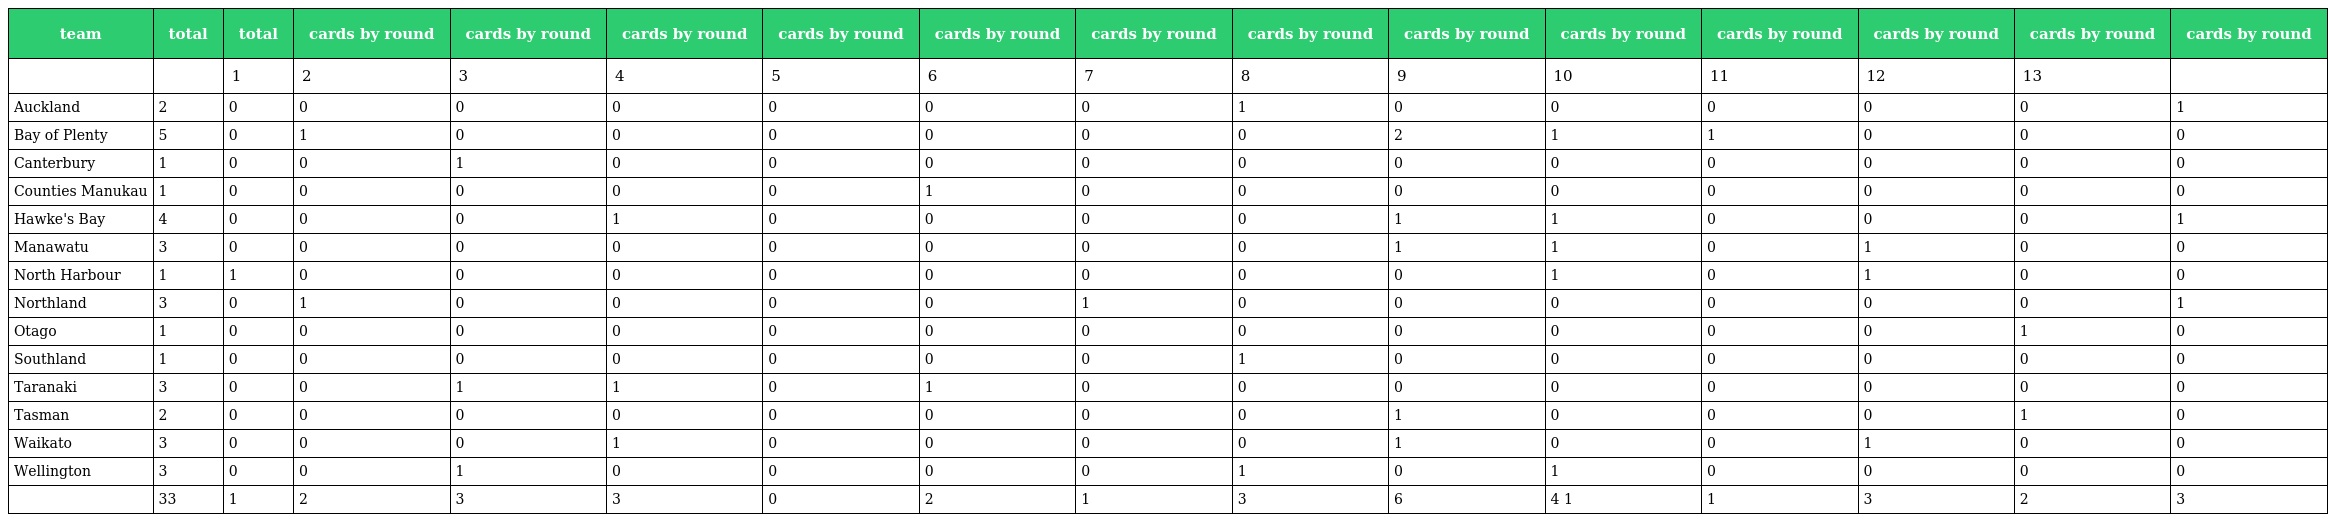
| team | total | total | cards by round | cards by round | cards by round | cards by round | cards by round | cards by round | cards by round | cards by round | cards by round | cards by round | cards by round | cards by round | cards by round |
 | --- | --- | --- | --- | --- | --- | --- | --- | --- | --- | --- | --- | --- | --- | --- | --- |
 |  |  | 1 | 2 | 3 | 4 | 5 | 6 | 7 | 8 | 9 | 10 | 11 | 12 | 13 |  |
 | Auckland | 2 | 0 | 0 | 0 | 0 | 0 | 0 | 0 | 1 | 0 | 0 | 0 | 0 | 0 | 1 |
 | Bay of Plenty | 5 | 0 | 1 | 0 | 0 | 0 | 0 | 0 | 0 | 2 | 1 | 1 | 0 | 0 | 0 |
 | Canterbury | 1 | 0 | 0 | 1 | 0 | 0 | 0 | 0 | 0 | 0 | 0 | 0 | 0 | 0 | 0 |
 | Counties Manukau | 1 | 0 | 0 | 0 | 0 | 0 | 1 | 0 | 0 | 0 | 0 | 0 | 0 | 0 | 0 |
 | Hawke's Bay | 4 | 0 | 0 | 0 | 1 | 0 | 0 | 0 | 0 | 1 | 1 | 0 | 0 | 0 | 1 |
 | Manawatu | 3 | 0 | 0 | 0 | 0 | 0 | 0 | 0 | 0 | 1 | 1 | 0 | 1 | 0 | 0 |
 | North Harbour | 1 | 1 | 0 | 0 | 0 | 0 | 0 | 0 | 0 | 0 | 1 | 0 | 1 | 0 | 0 |
 | Northland | 3 | 0 | 1 | 0 | 0 | 0 | 0 | 1 | 0 | 0 | 0 | 0 | 0 | 0 | 1 |
 | Otago | 1 | 0 | 0 | 0 | 0 | 0 | 0 | 0 | 0 | 0 | 0 | 0 | 0 | 1 | 0 |
 | Southland | 1 | 0 | 0 | 0 | 0 | 0 | 0 | 0 | 1 | 0 | 0 | 0 | 0 | 0 | 0 |
 | Taranaki | 3 | 0 | 0 | 1 | 1 | 0 | 1 | 0 | 0 | 0 | 0 | 0 | 0 | 0 | 0 |
 | Tasman | 2 | 0 | 0 | 0 | 0 | 0 | 0 | 0 | 0 | 1 | 0 | 0 | 0 | 1 | 0 |
 | Waikato | 3 | 0 | 0 | 0 | 1 | 0 | 0 | 0 | 0 | 1 | 0 | 0 | 1 | 0 | 0 |
 | Wellington | 3 | 0 | 0 | 1 | 0 | 0 | 0 | 0 | 1 | 0 | 1 | 0 | 0 | 0 | 0 |
 |  | 33 | 1 | 2 | 3 | 3 | 0 | 2 | 1 | 3 | 6 | 4 1 | 1 | 3 | 2 | 3 |